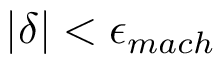
| \delta | < \epsilon _ { m a c h }